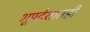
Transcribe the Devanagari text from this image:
भूप्रदेशातही